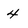
Character: 4